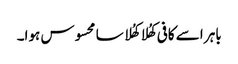
باہر اسے کافی کھُلا کھُلا سا محسوس ہوا۔